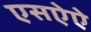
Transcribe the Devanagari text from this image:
एसऐऐ